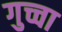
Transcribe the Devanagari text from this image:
गुच्चा